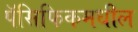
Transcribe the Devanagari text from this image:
पॅसिफिकमधील